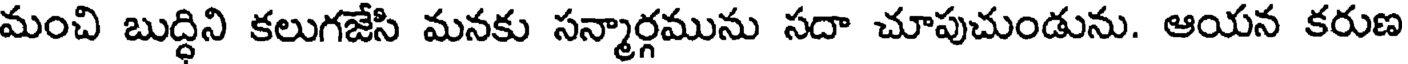
మంచి బుద్ధిని కలుగజేసి మనకు సన్మార్గమును సదా చూపుచుండును. ఆయన కరుణ